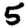
Digit: 5